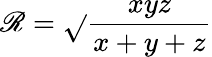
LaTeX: \mathscr{R}={\sqrt{}{{\frac{{xyz}}{{x+y+z}}}}}